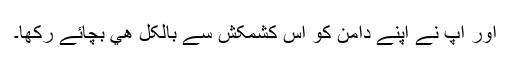
اور آپ نے اپنے دامن کو اس کشمکش سے بالکل ھي بچائے رکھا۔